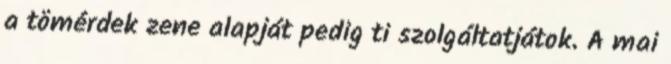
a tömérdek zene alapját pedig ti szolgáltatjátok. A mai